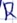
Text: R